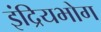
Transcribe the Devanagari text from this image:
इंद्रियभोग